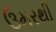
ઉમરથી